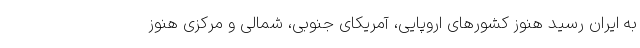
به ایران رسید هنوز کشورهای اروپایی، آمریکای جنوبی، شمالی و مرکزی هنوز